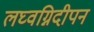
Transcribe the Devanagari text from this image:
लघ्वग्निदीपनं